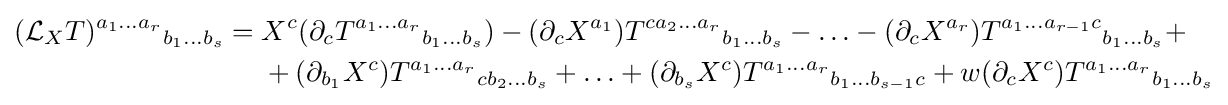
{\begin{aligned}({\mathcal {L}}_{X}T)^{a_{1}\ldots a_{r}}{}_{b_{1}\ldots b_{s}}={}&X^{c}(\partial _{c}T^{a_{1}\ldots a_{r}}{}_{b_{1}\ldots b_{s}})-(\partial _{c}X^{a_{1}})T^{ca_{2}\ldots a_{r}}{}_{b_{1}\ldots b_{s}}-\ldots -(\partial _{c}X^{a_{r}})T^{a_{1}\ldots a_{r-1}c}{}_{b_{1}\ldots b_{s}}+\\&+(\partial _{b_{1}}X^{c})T^{a_{1}\ldots a_{r}}{}_{cb_{2}\ldots b_{s}}+\ldots +(\partial _{b_{s}}X^{c})T^{a_{1}\ldots a_{r}}{}_{b_{1}\ldots b_{s-1}c}+w(\partial _{c}X^{c})T^{a_{1}\ldots a_{r}}{}_{b_{1}\ldots b_{s}}\end{aligned}}